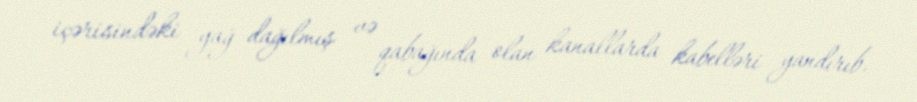
içərisindəki yağ dağılmış və qabağında olan kanallarda kabelləri yandırıb.